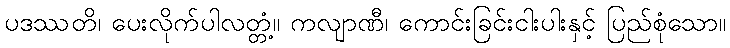
ပဒဿတိ၊ ပေးလိုက်ပါလတ္တံ့။ ကလျာဏီ၊ ကောင်းခြင်းငါးပါးနှင့် ပြည်စုံသော။